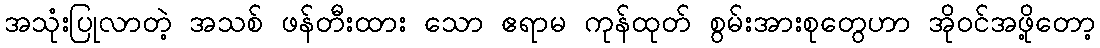
အသုံးပြုလာတဲ့ အသစ် ဖန်တီးထား သော ဧရာမ ကုန်ထုတ် စွမ်းအားစုတွေဟာ အိုဝင်အဖို့တော့